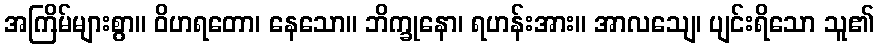
အကြိမ်များစွာ။ ဝိဟရတော၊ နေသော။ ဘိက္ခုနော၊ ရဟန်းအား။ အာလသျေ၊ ပျင်းရိသော သူ၏